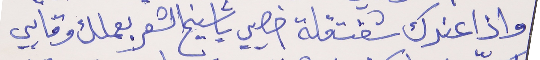
واذا عندك شفت قلة خصيي     يا شيخ الشعر بعملك وقايي